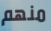
منهم